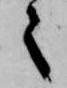
之